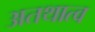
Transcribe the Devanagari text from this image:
अतथात्व